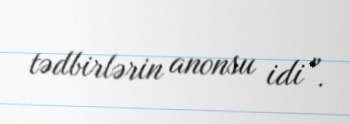
tədbirlərin anonsu idi”.